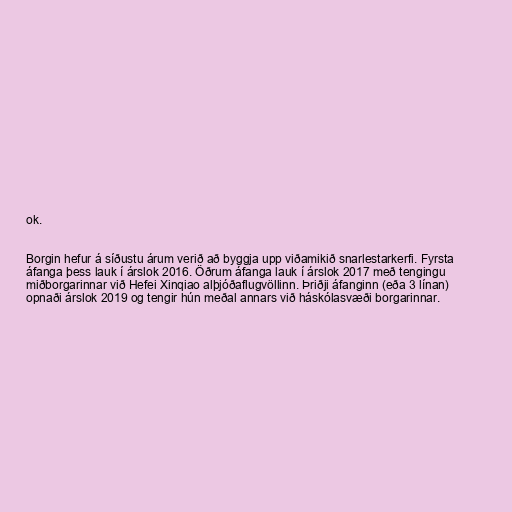
ok.

Borgin hefur á síðustu árum verið að byggja upp viðamikið snarlestarkerfi. Fyrsta
áfanga þess lauk í árslok 2016. Öðrum áfanga lauk í árslok 2017 með tengingu
miðborgarinnar við Hefei Xinqiao alþjóðaflugvöllinn. Þriðji áfanginn (eða 3 línan)
opnaði árslok 2019 og tengir hún meðal annars við háskólasvæði borgarinnar.